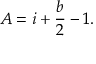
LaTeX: A = i + { \frac { b } { 2 } } - 1 .